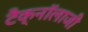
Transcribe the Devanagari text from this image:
टैक्नॉलाजी